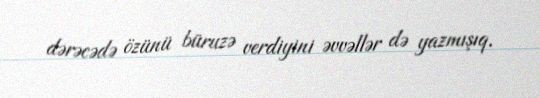
dərəcədə özünü büruzə verdiyini əvvəllər də yazmışıq.